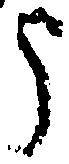
う